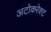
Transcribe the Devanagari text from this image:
अटोकरेक्ट